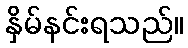
နှိမ်နင်းရသည်။